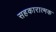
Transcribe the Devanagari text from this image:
सहकारात्मक